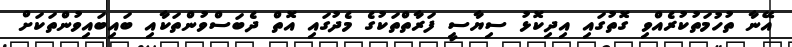
އޭނާ ތުހުމަތުކުރެއްވި ގޮތުގައި އިދިކޮޅު ސިޔާސީ ފަރާތްތަކުގެ މެދުގައި އޮތް ދެބަސްވުންތަކާއި ބައިބައިވުންތަކަށް